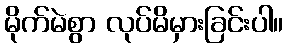
မိုက်မဲစွာ လုပ်မိမှားခြင်းပါ။